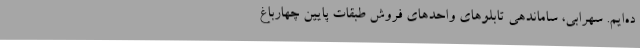
ده‌ایم. سهرابی، ساماندهی تابلوهای واحدهای فروش طبقات پایین چهارباغ